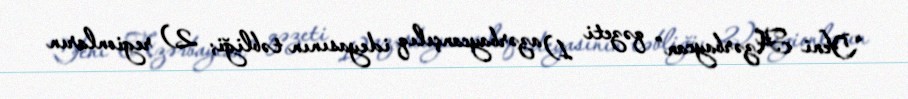
“Yeni Azərbaycan” qəzeti 1) azərbaycançılıq ideyasının təbliği; 2) regionların